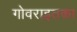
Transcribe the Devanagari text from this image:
गोवराइतका